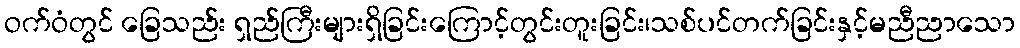
ဝက်ဝံတွင် ခြေသည်း ရှည်ကြီးများရှိခြင်းကြောင့်တွင်းတူးခြင်း၊သစ်ပင်တက်ခြင်းနှင့်မညီညာသော